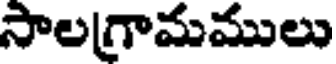
సాలగ్రామములు